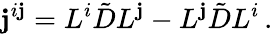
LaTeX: \mathbf{j}^{i\mathbf{j}}=L^{i}\tilde{{D}}L^{\mathbf{j}}-L^{\mathbf{j}}\tilde{{D}}L^{i}\, .